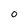
Character: 0